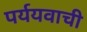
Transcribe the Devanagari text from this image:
पर्ययवाची